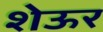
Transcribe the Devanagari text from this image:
शेऊर